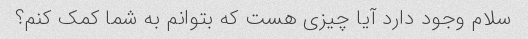
سلام وجود دارد آیا چیزی هست که بتوانم به شما کمک کنم؟